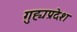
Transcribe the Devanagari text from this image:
गुह्यप्रदेश